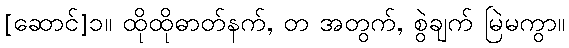
[ဆောင်]၁။ ထိုထိုဓာတ်နက်, တ အတွက်, စွဲချက် မြဲမကွာ။